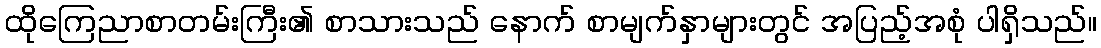
ထိုကြေညာစာတမ်းကြီး၏ စာသားသည် နောက် စာမျက်နှာများတွင် အပြည့်အစုံ ပါရှိသည်။